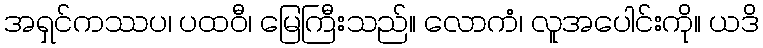
အရှင်ကဿပ၊ ပထဝီ၊ မြေကြီးသည်။ လောကံ၊ လူအပေါင်းကို။ ယဒိ